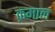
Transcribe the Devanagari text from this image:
क़माल